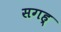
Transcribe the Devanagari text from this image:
सगह्